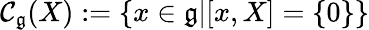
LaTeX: \mathcal{C}_{\mathfrak{{g}}}(X):=\{ x\in{\mathfrak{{g}}}|[x,X]=\{ 0\} \}